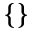
\{ \}